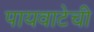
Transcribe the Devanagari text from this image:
पायवाटेची